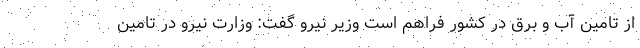
از تامین آب و برق در کشور فراهم است وزیر نیرو گفت: وزارت نیرو در تامین